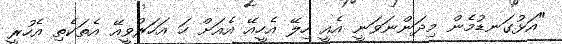
"އަޅުގަނޑުމެން މިދަންނަވަނީ އެއީ ހިލޭ އެހީއޭ އެއަށް ހަ އަހަރުވީއޭ އެތަކެތި އެހުރީ